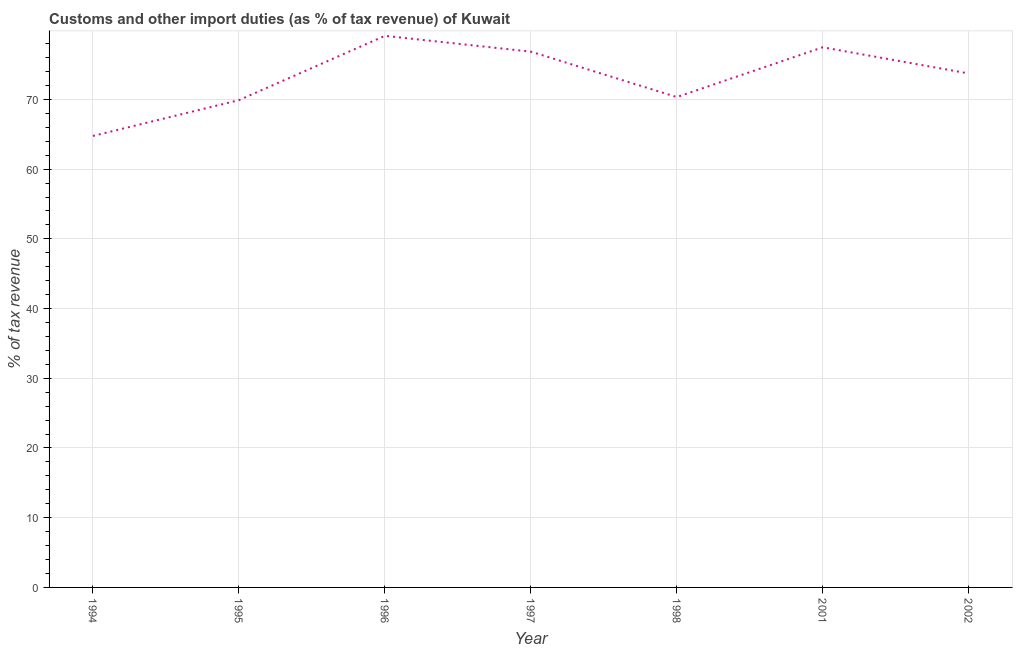
| Year | Customs and other import duties |
 | --- | --- |
 | 1994 | 64.8 |
 | 1995 | 69.9 |
 | 1996 | 79.1 |
 | 1997 | 76.9 |
 | 1998 | 70.3 |
 | 2001 | 77.5 |
 | 2002 | 73.7 |